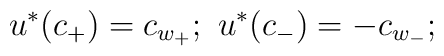
u^*(c_+)=c_{w_+};\ u^*(c_-)=-c_{w_-};